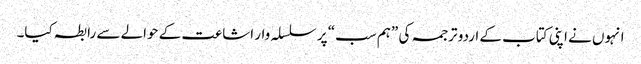
انہوں نے اپنی کتاب کے اردو ترجمہ کی ”ہم سب“ پر سلسلہ وار اشاعت کے حوالے سے رابطہ کیا۔